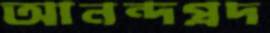
আনন্দপ্রদ